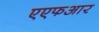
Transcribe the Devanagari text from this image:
एएफआर